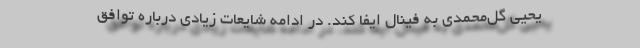
یحیی گل‌محمدی به فینال ایفا کند. در ادامه شایعات زیادی درباره توافق